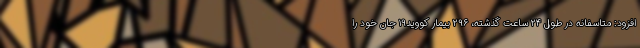
افزود: متاسفانه در طول ۲۴ ساعت گذشته، ۲۹۶ بیمار کووید۱۹ جان خود را